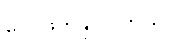
လေဖြတ်နိုင်ပါတယ်။